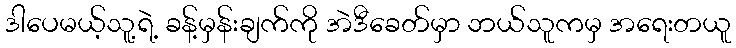
ဒါပေမယ့်သူ့ရဲ့ ခန့်မှန်းချက်ကို အဲဒီခေတ်မှာ ဘယ်သူကမှ အရေးတယူ